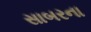
સાબરના